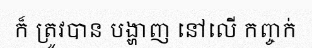
ក៏ ត្រូវបាន បង្ហាញ នៅលើ កញ្ចក់